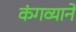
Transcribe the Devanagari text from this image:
कंगव्याने